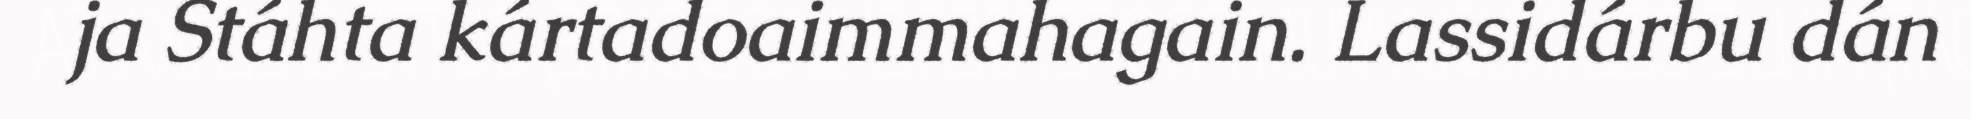
ja Stáhta kártadoaimmahagain. Lassidárbu dán